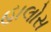
હાલોસ